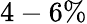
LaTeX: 4-6\%